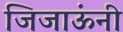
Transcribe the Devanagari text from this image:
जिजाऊंनी